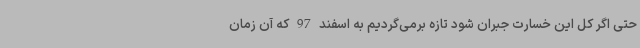
حتی اگر کل این خسارت جبران شود تازه برمی‌گردیم به اسفند 97 که آن زمان